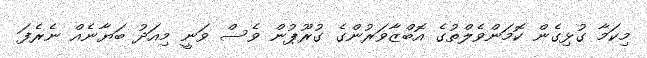
މިކަމާ ގުޅިގެން ކޮމަންވެލްތުގެ އޮބްޒާވަރުންގެ ގުރޫޕުން ވެސް ވަނީ މިއަދު ބަޔާނެއް ނެރެފަ